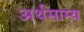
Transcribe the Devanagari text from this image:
अर्थसाम्य